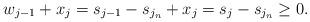
LaTeX: \begin{align*}w_{j-1}+x_j=s_{j-1}-s_{j_n}+x_j=s_j-s_{j_n} \geq 0.\end{align*}